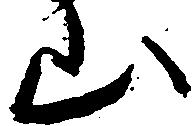
山